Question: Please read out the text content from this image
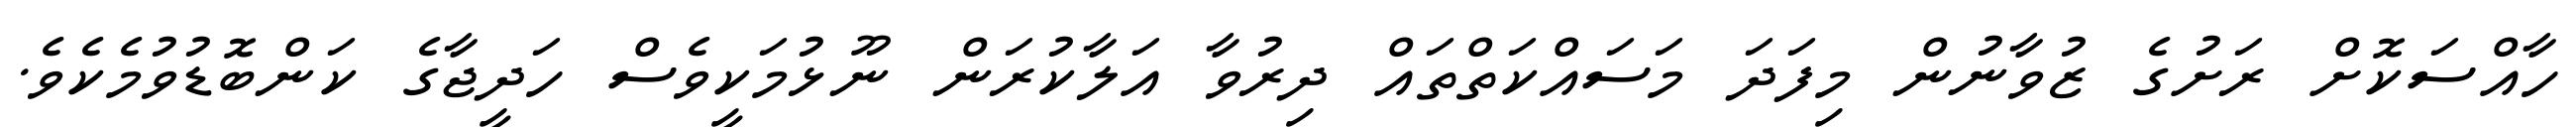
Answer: ހާއްސަކޮށް ރަށުގެ ޒުވާނުން މިފަދަ މަސައްކަތްތައް ދިރުވާ އަލާކުރަން ނޫޅުމަކީވެސް ހަދީޖާގެ ކަންބޮޑުވުމެކެވެ.